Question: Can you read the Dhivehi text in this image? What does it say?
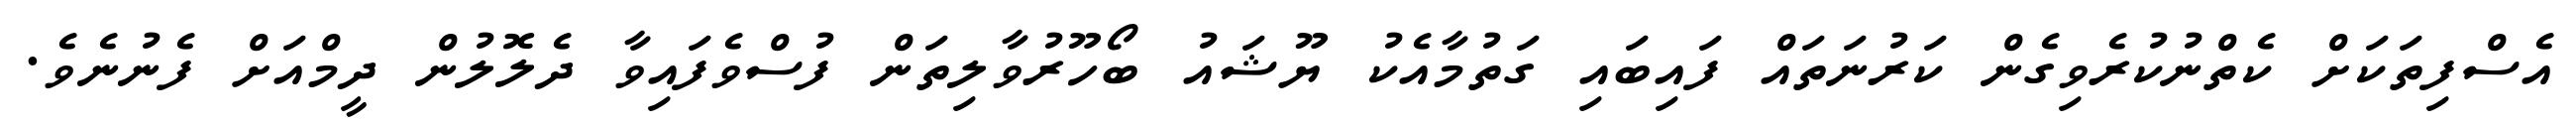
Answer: އެސްފިތަކަށް ކެތްނުކުރެވިގެން ކަރުނަތައް ފައިބައި ގަތުމާއެކު ޔޫޝައު ބޯހޫރުވާލިތަން ފުސްވެފައިވާ ދެލޮލުން ދީމްއަށް ފެނުނެވެ.